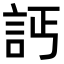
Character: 𧦉